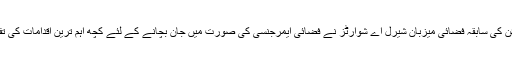
ڈیلی میل کی رپورٹ کے مطابق یونائیٹڈ ائیرلائن کی سابقہ فضائی میزبان شیرل اے شوارٹز نے فضائی ایمرجنسی کی صورت میں جان بچانے کے لئے کچھ اہم ترین اقدامات کی تفصیلات ویب سائٹ QUORAپر شیئر کی ہیں۔